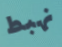
نهبط